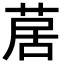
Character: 𦱅